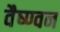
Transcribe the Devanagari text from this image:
वैष्ण्वन